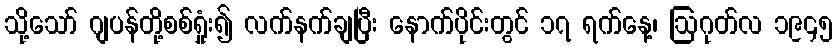
သို့သော် ဂျပန်တို့စစ်ရှုံး၍ လက်နက်ချပြီး နောက်ပိုင်းတွင် ၁၇ ရက်နေ့၊ ဩဂုတ်လ ၁၉၄၅